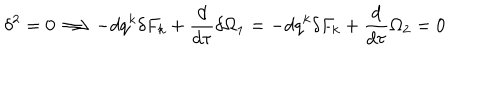
\delta ^ { 2 } = 0 \Longrightarrow - d q ^ { k } \delta F _ { k } + \frac { d } { d \tau } \delta \Omega _ { 1 } = - d q ^ { k } \delta F _ { k } + \frac { d } { d \tau } \Omega _ { 2 } = 0